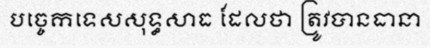
បច្ចេកទេសសុទ្ធសាធ ដែលថា ត្រូវបានធានា